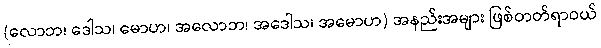
(လောဘ၊ ဒေါသ၊ မောဟ၊ အလောဘ၊ အဒေါသ၊ အမောဟ) အနည်းအများ ဖြစ်တတ်ရာဝယ်